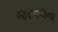
જરનલના